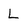
Character: L